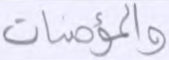
والمؤمنات